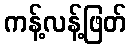
ကန့်လန့်ဖြတ်